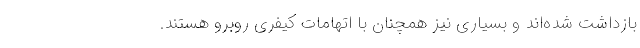
بازداشت شده‌اند و بسیاری نیز همچنان با اتهامات کیفری روبرو هستند.